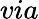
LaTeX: via